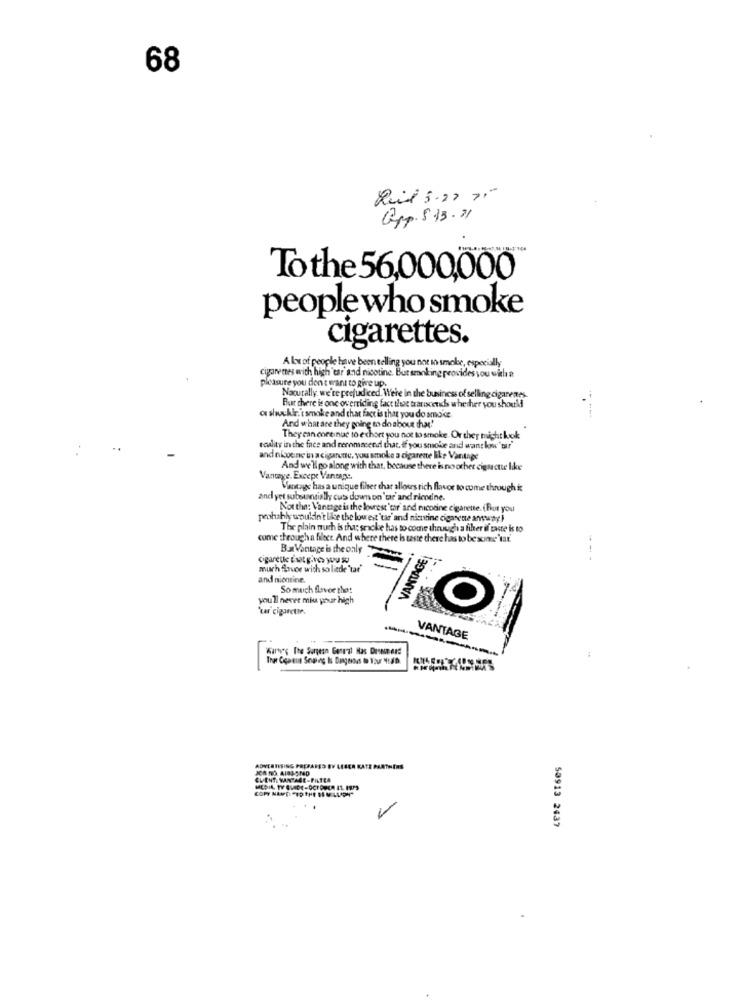
68
Ruil 3.20 71
Gpp. 5.13.31
To the 56,000,000
people who smoke
cigarettes.
A lx of people have been telling you not in smoke, especially
cigarettes with high 'car and nicotine. But smoking provides you with a
pleasure you don't want to give up.
Naturally, we're prejudiced. Were in the business of selling cigarenes
But there is one overriding fact that transcends whether you should
----
ce shuckir.'t smoke and that fact is that you do amoce
And what are they going to do about that!
They can continue to exhort you not to smoke. Or they might kok
reality in the face and recommend that, if you smoke and want low 'tur'
and nicoene in a cigarette, you smoke a cigarente like Vantage
And we'll go along with that, because there is no other cigarette like
Vantage. Excepe Vantage.
Vintage has a unique filer that allows rich flavor to come through it
and yet subsungially cus down on tr and ricdine.
Notthe: Vanenge is the lowest'thr' and nicotine cigarette. (But you
peohably wnukin't like the lowest'tas' and nicotine cigarette anyway )
The plain much is tha; sracke has to come aheugh a filter il taste is to
come through a filece. And where there is taste there has to be some'tar.
B.at Vantage is the only
VANTAGE!
cigarette Eset gives you &
--
much fluor wich so liede 'tar'
and nicotine.
So much flavor that
you'll never miu your high
'tar cigarette.
VANTAGE
Karn's The Surgeon General Nas Drsnmeerd
ADVERTISING PREPARES
KA KATE
CLIENTI VANTAGE-FILTER
-
50913 2437